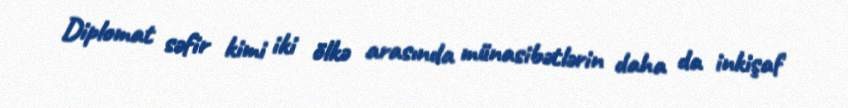
Diplomat səfir kimi iki ölkə arasında münasibətlərin daha da inkişaf